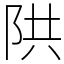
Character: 䧆